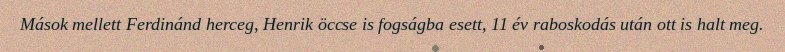
Mások mellett Ferdinánd herceg, Henrik öccse is fogságba esett, 11 év raboskodás után ott is halt meg.